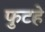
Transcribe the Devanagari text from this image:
फुटहे